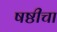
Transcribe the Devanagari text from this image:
षष्ठीचा